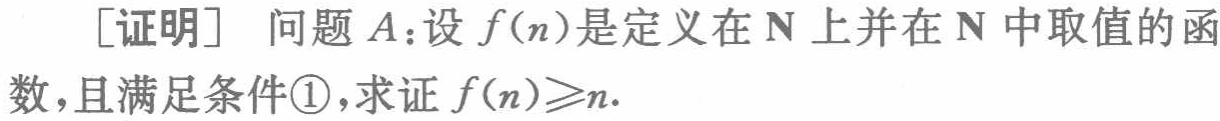
[证明] 问题\(A\)：设\(f(n)\)是定义在\(\mathbb{N}\)上并在\(\mathbb{N}\)中取值的函数，且满足条件\textcircled{1}，求证\(f(n)\geqslant n\).